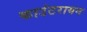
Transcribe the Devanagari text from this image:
काउंटरायन